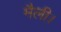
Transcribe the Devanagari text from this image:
मैली।